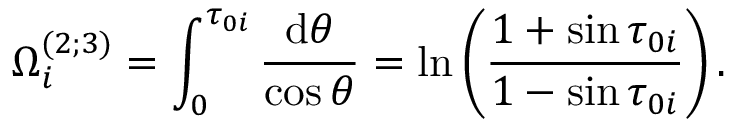
\Omega _ { i } ^ { ( 2 ; 3 ) } = \int _ { 0 } ^ { \tau _ { 0 i } } \frac { \mathrm { d } \theta } { \cos \theta } = \ln \left( \frac { 1 + \sin \tau _ { 0 i } } { 1 - \sin \tau _ { 0 i } } \right) .